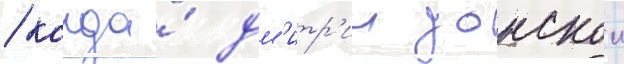
/ когда́ дм'итр'ии донскои